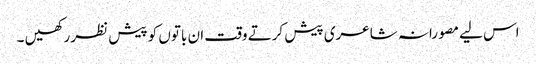
اس لیے مصورانہ شاعری پیش کرتے وقت ان باتوں کو پیش نظر رکھیں ۔